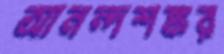
আনন্দশঙ্কর